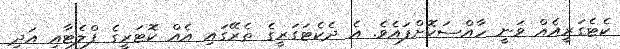
ކެޓެގަރީއެއް ވަނީ ހާއްސަކޮށްފައެވެ. އެ ދެކެޓަގަރީގެ ތެރޭގައި އެއް ކޮޓަރީގެ ފްލެޓާއި އަދި